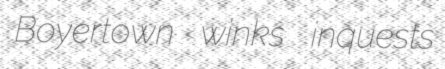
Boyertown winks inquests